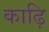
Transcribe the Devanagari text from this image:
काढ़ि